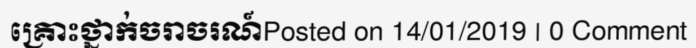
គ្រោះថ្នាក់ចរាចរណ៍Posted on 14/01/2019 | 0 Comment